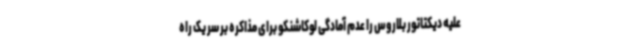
علیه دیکتاتور بلاروس را عدم آمادگی لوکاشنکو برای مذاکره بر سر یک راه